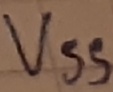
Text: VSS